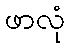
ဖာလုံ